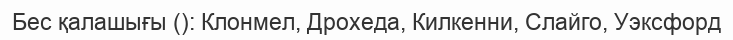
Бес қалашығы (): Клонмел, Дрохеда, Килкенни, Слайго, Уэксфорд